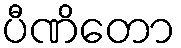
ပီဏိတော